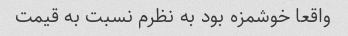
واقعا خوشمزه بود به نظرم نسبت به قیمت